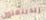
ريدينغتون